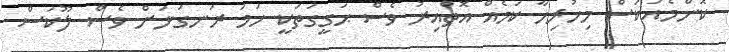
ކޮންމެއަކަސް މިހުރިހާ ކަމެއް އޮތްއިރު ވެސް ޙަގީގަތަކީ ހަމަ ރަނގަޅަށް ވެސް ލޫކަސް